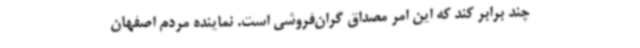
چند برابر کند که این امر مصداق گران‌فروشی است. نماینده مردم اصفهان